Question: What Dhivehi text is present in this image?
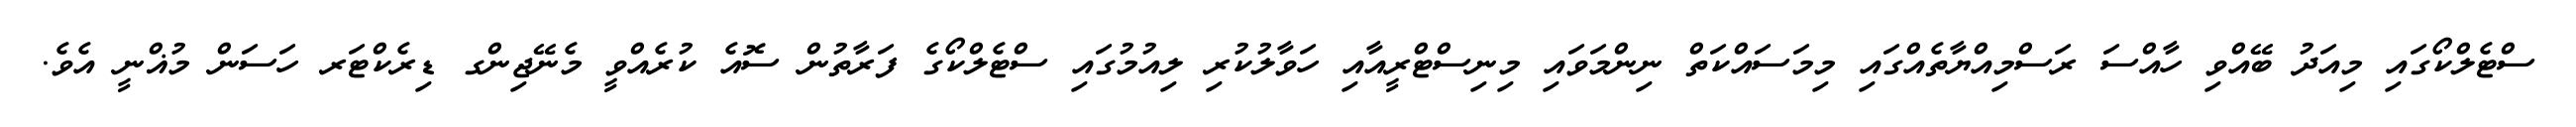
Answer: ސްޓެލްކޯގައި މިއަދު ބޭއްވި ހާއްސަ ރަސްމިއްޔާތެއްގައި މިމަސައްކަތް ނިންމަވައި މިނިސްޓްރީއާއި ހަވާލުކުރި ލިއުމުގައި ސްޓެލްކޯގެ ފަރާތުން ސޮއެ ކުރެއްވީ މެނޭޖިންގ ޑިރެކްޓަރ ހަސަން މުޣްނީ އެވެ.